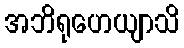
အဘိရုဟေယျာသိ